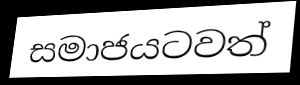
සමාජයටවත්